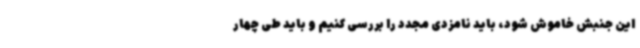
این جنبش خاموش شود، باید نامزدی مجدد را بررسی کنیم و باید طی چهار